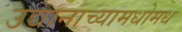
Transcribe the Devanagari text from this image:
उद्यानाच्यामधोमध